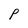
Character: P